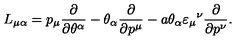
L _ { \mu \alpha } = p _ { \mu } \frac { \partial } { \partial \theta ^ { \alpha } } - \theta _ { \alpha } \frac { \partial } { \partial p ^ { \mu } } - a \theta _ { \alpha } \varepsilon _ { \mu } { } ^ { \nu } \frac { \partial } { \partial p ^ { \nu } } . \,